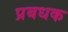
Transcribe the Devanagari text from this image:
प्रबधक